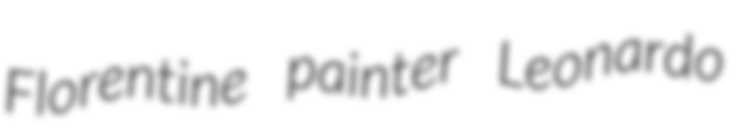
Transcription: Florentine painter Leonardo